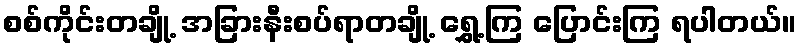
စစ်ကိုင်းတချို့ အခြားနီးစပ်ရာတချို့ ရွှေ့ကြ ပြောင်းကြ ရပါတယ်။